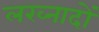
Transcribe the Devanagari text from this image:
लख्नादों